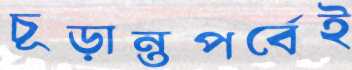
চূড়ান্তপর্বেই